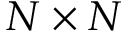
N \times N